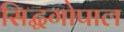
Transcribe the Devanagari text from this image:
सिद्धगोपाल